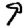
Digit: 9